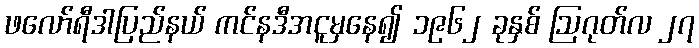
ဖလော်ရီဒါပြည်နယ် ကင်နဒီအငူမှနေ၍ ၁၉၆၂ ခုနှစ် ဩဂုတ်လ ၂၇